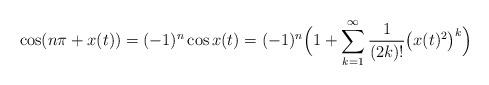
LaTeX: \begin{align*}\cos (n\pi +x(t))=(-1)^n\cos x(t)= (-1)^n\Big(1+ \sum_{k=1}^\infty\frac{1}{(2k)!}\big(x(t)^2\big)^k\Big)\end{align*}